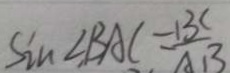
\sin \angle B A C = \frac { B C } { A B }